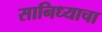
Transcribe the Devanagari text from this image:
सानिध्याचा